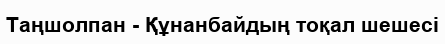
Таңшолпан - Құнанбайдың тоқал шешесі